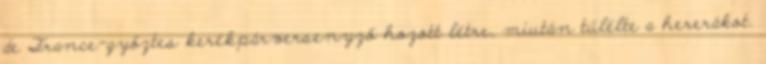
de France-győztes kerékpárversenyző hozott létre, miután túlélte a hererákot.